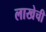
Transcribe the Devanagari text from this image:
लाखेची